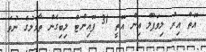
އޮތް އިރު ލިވަޕޫލް އިން އޮތީ 31 ޕޮއިންޓް ލިބިގެން ތާވަލުގެ ނުވަ